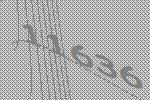
11636